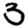
Digit: 3